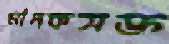
মাদকসক্ত